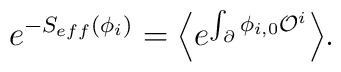
e^{-S_{eff}(\phi_i)} = \Bigl\langle e^{\int_{\partial} \phi_{i,0} {\cal O}^i}\Bigr\rangle.